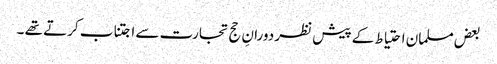
بعض مسلمان احتیاط کے پیش نظر دورانِ حج تجارت سے اجتناب کرتے تھے ۔